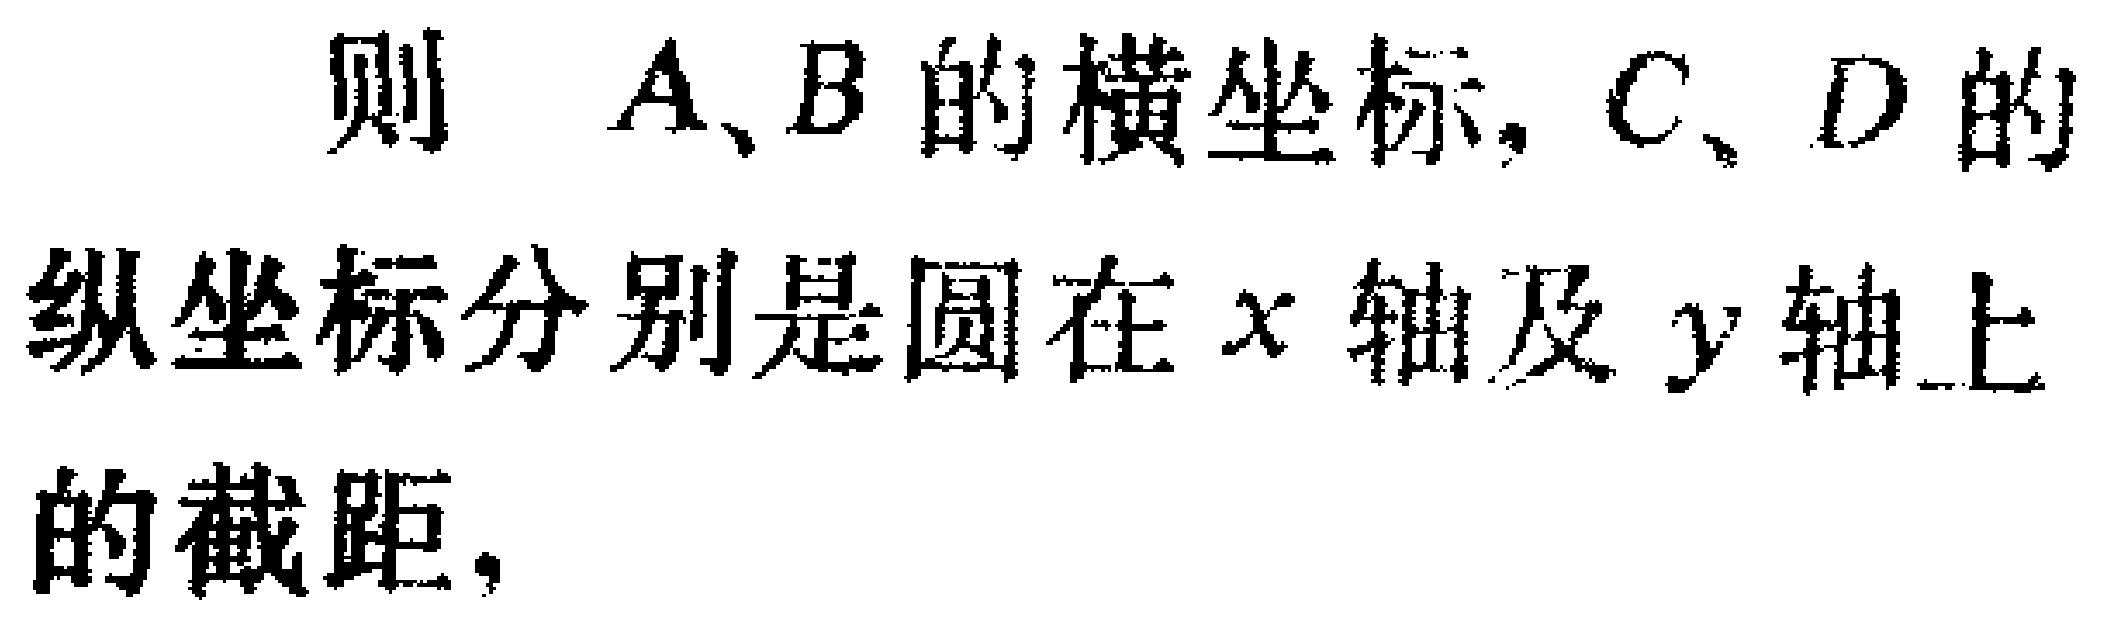
则 \(A、B\) 的横坐标，\(C、D\) 的纵坐标分别是圆在 \(x\) 轴及 \(y\) 轴上的截距。